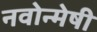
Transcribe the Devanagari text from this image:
नवोन्‍मेषी